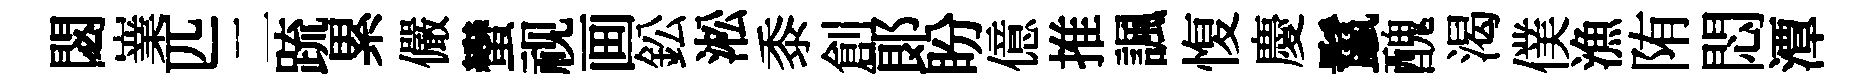
閟嶪匹二䟽累儼蠻视画鈆淞黍創郞盼億推諷愎慶鬣醜渴僕漁陏悶潭